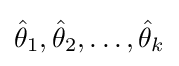
{\hat {\theta }}_{1},{\hat {\theta }}_{2},\dots ,{\hat {\theta }}_{k}